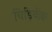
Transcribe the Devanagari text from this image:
चिड़ियीघर